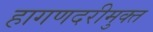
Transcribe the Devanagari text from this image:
हागणदरीमुक्त